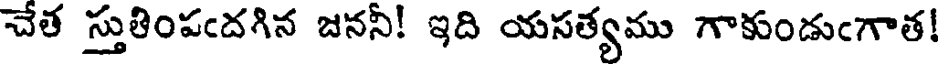
చేత స్తుతింపందగిన జననీ! ఇది యసత్యము గాకుండుంగాత!